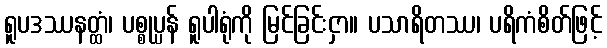
ရူပဒဿနတ္ထံ၊ ပစ္စုပ္ပန် ရူပါရုံကို မြင်ခြင်းငှာ။ ပသာရိတဿ၊ ပရိကံစိတ်ဖြင့်